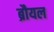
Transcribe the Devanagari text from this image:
ब्रौयल